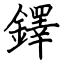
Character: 鐸